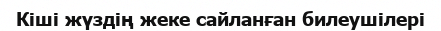
Кіші жүздің жеке сайланған билеушілері